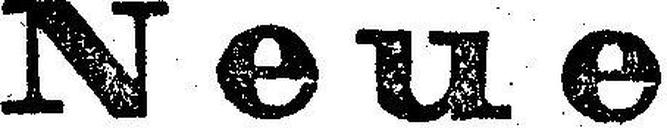
Neue